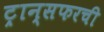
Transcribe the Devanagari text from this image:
ट्रान्सफरची